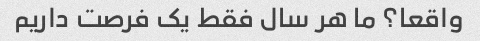
واقعا؟ ما هر سال فقط یک فرصت داریم